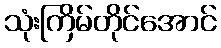
သုံးကြိမ်တိုင်အောင်